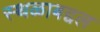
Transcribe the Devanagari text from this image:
स्थळाबद्दल